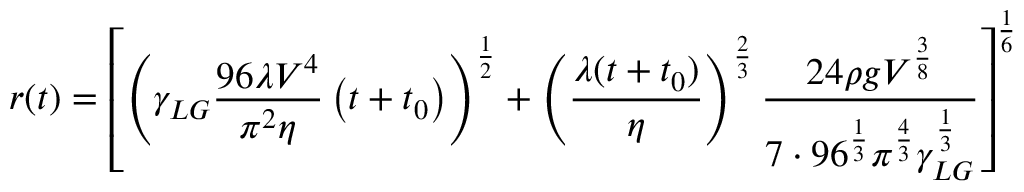
r ( t ) = \left[ \left( \gamma _ { L G } { \frac { 9 6 \lambda V ^ { 4 } } { \pi ^ { 2 } \eta } } \left( t + t _ { 0 } \right) \right) ^ { \frac { 1 } { 2 } } + \left( { \frac { \lambda ( t + t _ { 0 } ) } { \eta } } \right) ^ { \frac { 2 } { 3 } } { \frac { 2 4 \rho g V ^ { \frac { 3 } { 8 } } } { 7 \cdot 9 6 ^ { \frac { 1 } { 3 } } \pi ^ { \frac { 4 } { 3 } } \gamma _ { L G } ^ { \frac { 1 } { 3 } } } } \right] ^ { \frac { 1 } { 6 } }